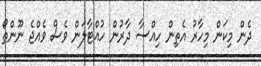
ދެން މިކަން މިހާރު އެތިން ހިއްސާ ދާރުން ހުއްޓާލަން ވެސް ވެއްޖެ ނޫންތޯ